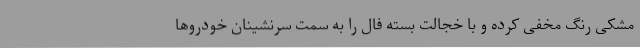
مشکی رنگ مخفی کرده و با خجالت بسته فال را به‌ سمت سرنشینان خودروها